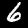
Digit: 6